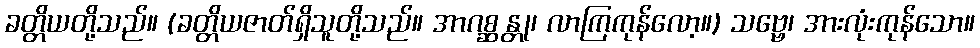
ခတ္တိယတို့သည်။ (ခတ္တိယဇာတ်ရှိသူတို့သည်။ အာဂစ္ဆန္တု၊ လာကြကုန်လော့။) သဗ္ဗေ၊ အားလုံးကုန်သော။